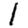
Digit: 1